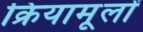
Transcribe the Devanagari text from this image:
क्रियामूलों